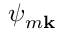
\psi _ { m \mathbf { k } }